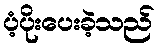
ပံ့ပိုးပေးခဲ့သည်